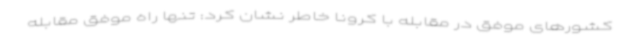
کشورهای موفق در مقابله با کرونا خاطر نشان کرد: تنها راه موفق مقابله